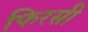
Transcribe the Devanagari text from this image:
फिरसी